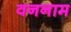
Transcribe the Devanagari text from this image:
वननाम